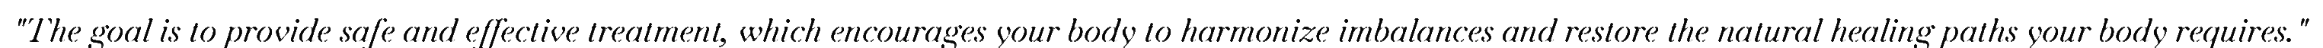
"The goal is to provide safe and effective treatment, which encourages your body to harmonize imbalances and restore the natural healing paths your body requires."